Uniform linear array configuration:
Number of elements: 4
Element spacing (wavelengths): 0.75
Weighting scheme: binomial
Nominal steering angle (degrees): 30
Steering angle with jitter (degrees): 31.619
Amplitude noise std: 0.05
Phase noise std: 0.05

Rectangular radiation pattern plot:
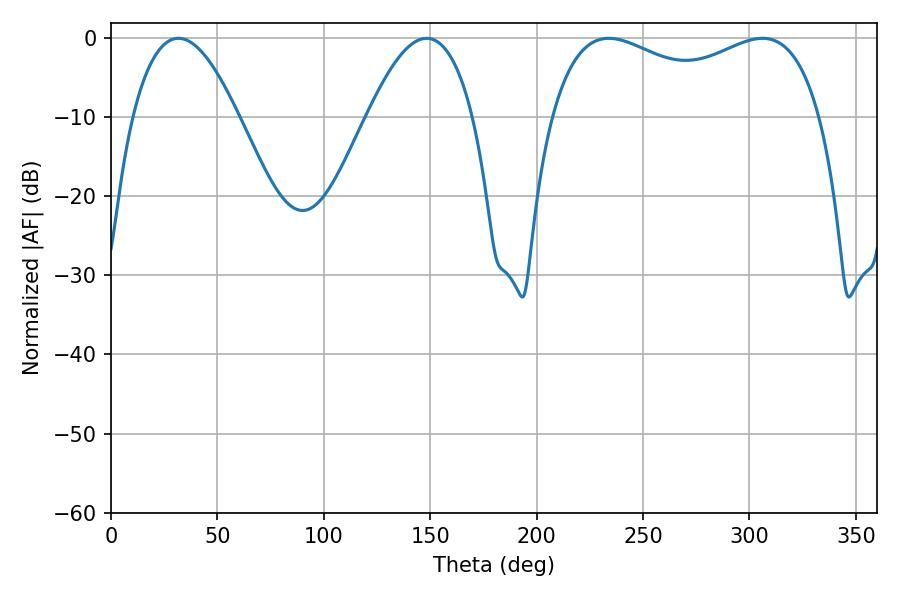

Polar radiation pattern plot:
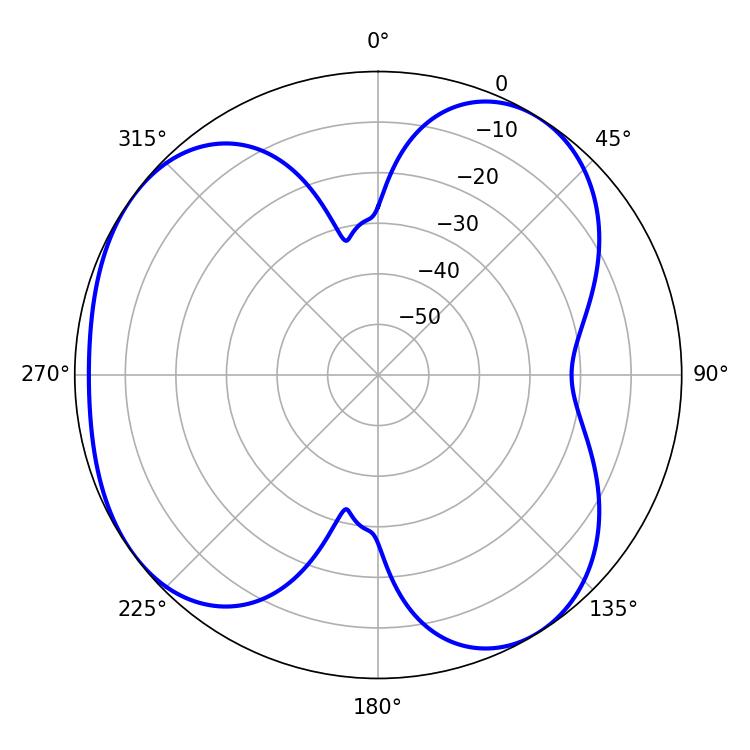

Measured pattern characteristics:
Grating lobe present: TRUE
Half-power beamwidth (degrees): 27.36
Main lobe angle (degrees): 31.68